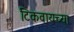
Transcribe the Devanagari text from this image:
टिकवायच्या